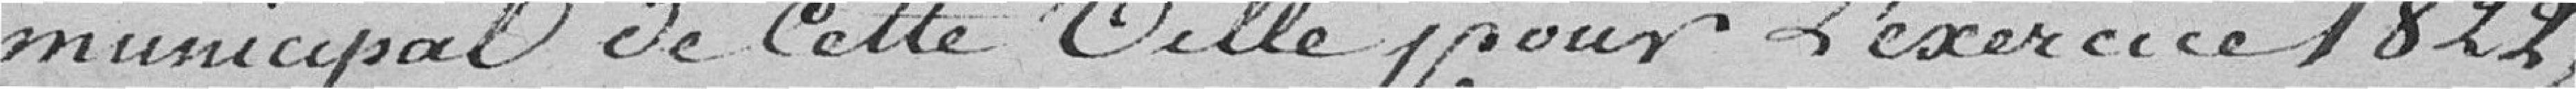
municipal de cette ville pour l'exercice 1822,